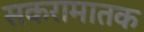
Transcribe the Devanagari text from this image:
सकरामातक